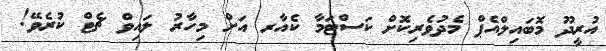
އުރީދޫ މޮބައިލްއެޕް މެދުވެރިކޮށް ކަސްޓަމާ ކެއާރ އަށް މިހާރު ލައިވް ޗެޓް ކުރެވޭ!